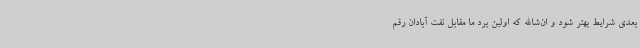
بعدی شرایط بهتر شود و ان‌شاالله که اولین برد ما مقابل نفت آبادان رقم